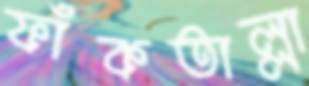
ফাঁকতাল্লা